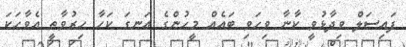
ފައިސަލް ވިދާޅުވީ ކާނާ ވިހަވި ބައެއް މީހުންގެ އަނގަ ކަހާ ހިރުވާތީ އެވާހަކަ